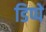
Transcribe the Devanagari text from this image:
डिप्पे